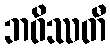
ဘဝိဿတီ